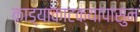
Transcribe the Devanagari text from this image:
काड्याकाटक्यापासुन